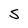
Character: S